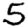
Digit: 5